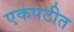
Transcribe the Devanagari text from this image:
एकपटीत